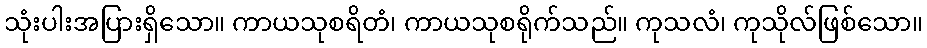
သုံးပါးအပြားရှိသော။ ကာယသုစရိတံ၊ ကာယသုစရိုက်သည်။ ကုသလံ၊ ကုသိုလ်ဖြစ်သော။